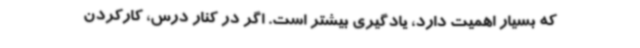
که بسیار اهمیت دارد، یادگیری بیشتر است. اگر در کنار درس، کارکردن